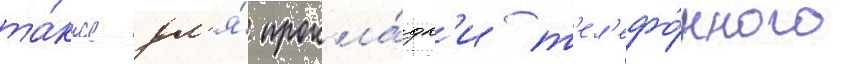
та́кже дл'я́ прокла́дк'и т'ел'ефо́нного